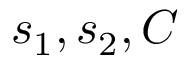
s _ { 1 } , s _ { 2 } , C